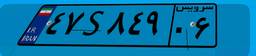
۴۷S۸۴۹۰۶